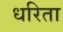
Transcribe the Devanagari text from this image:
धरिता